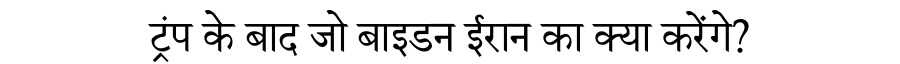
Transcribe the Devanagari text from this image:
ट्रंप के बाद जो बाइडन ईरान का क्या करेंगे?